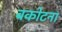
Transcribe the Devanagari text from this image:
बकोटना